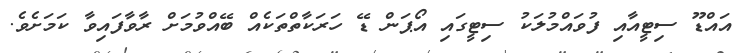
އައްޑޫ ސިޓީއާއި ފުވައްމުލަކު ސިޓީގައި އޯޕަން ޑޭ ހަރަކާތްތަކެއް ބޭއްވުމަށް ރާވާފައިވާ ކަމަށެވެ.